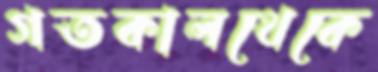
গতকালথেকে